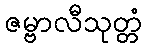
ဇမ္ဗာလီသုတ္တံ